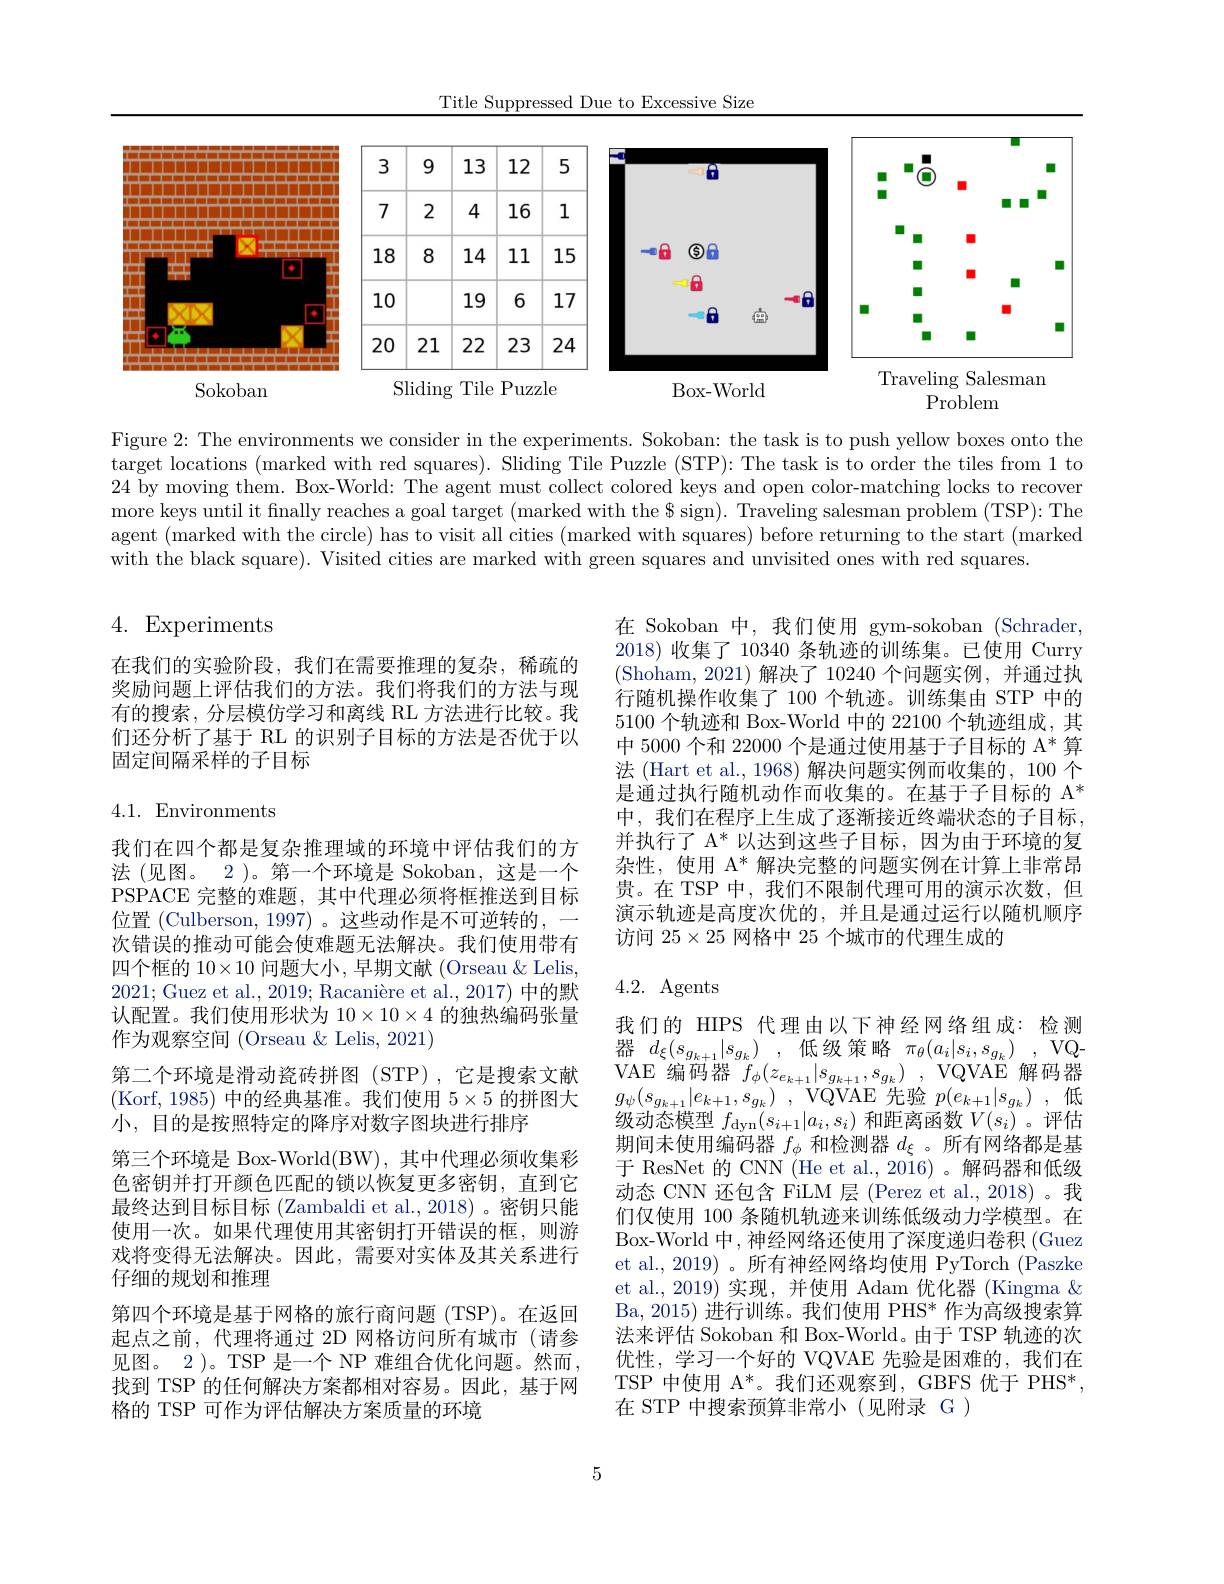
Title Suppressed Due to Excessive Size

<FigureHere>

Figure 2: The environments we consider in the experiments. Sokoban: the task is to push yellow boxes onto the target locations (marked with red squares). Sliding Tile Puzzle (STP): The task is to order the tiles from 1 to 24 by moving them. Box-World: The agent must collect colored keys and open color-matching locks to recover $\begin{aligned}\text{more keys until it finally reaches a goal target (marked with the \$ sign). Traveling salesman problem (TSP):The}\end{aligned}$ agent (marked with the circle) has to visit all cities (marked with squares) before returning to the start (marked with the black square). Visited cities are marked with green squares and unvisited ones with red squares.

4. Experiments

在我们的实验阶段，我们在需要推理的复杂，稀疏的奖励问题上评估我们的方法。我们将我们的方法与现有的搜索，分层模仿学习和离线 RL 方法进行比较。我们还分析了基于 RL 的识别子目标的方法是否优于以固定间隔采样的子目标

在 Sokoban 中，我们使用 gym-sokoban (Schrader, 2018) 收集了 10340 条轨迹的训练集。已使用 Curry (Shoham,2021)解决了 10240 个问题实例，并通过执行随机操作收集了 100 个轨迹。训练集由 STP 中的5100个轨迹和 Box-World 中的 22100 个轨迹组成，其中 5000 个和 22000 个是通过使用基于子目标的$\mathrm{A}^*$算法 (Hart et al., 1968) 解决问题实例而收集的，100 个是通过执行随机动作而收集的。在基于子目标的$\mathbb{A}^*$ 中，我们在程序上生成了逐渐接近终端状态的子目标， 并执行了 A$^*$以达到这些子目标，因为由于环境的复杂性，使用$\mathbb{A}^*$解决完整的问题实例在计算上非常昂贵。在 TSP 中，我们不限制代理可用的演示次数，但演示轨迹是高度次优的，并且是通过运行以随机顺序访问$25\times25$网格中 25 个城市的代理生成的

4.1. Environments

## 4.2. Agents

我们在四个都是复杂推理域的环境中评估我们的方法 (见图。2 )。第一个环境是 Sokoban, 这是一个PSPACE 完整的难题，其中代理必须将框推送到目标位置 (Culberson, 1997) 。这些动作是不可逆转的，一次错误的推动可能会使难题无法解决。我们使用带有四个框的$10\times10$问题大小，早期文献 (Orseau & Lelis, 2021; Guez et al., 2019; Racanière et al., 2017) 中的默认配置。我们使用形状为$10\times10\times4$的独热编码张量作为观察空间 (Orseau & Lelis, 2021)
第二个环境是滑动瓷砖拼图(STP),它是搜索文献(Korf, 1985) 中的经典基准。我们使用$5\times5$的拼图大小，目的是按照特定的降序对数字图块进行排序
第三个环境是 Box-World(BW), 其中代理必须收集彩色密钥并打开颜色匹配的锁以恢复更多密钥，直到它最终达到目标目标 (Zambaldi et al.,2018) 。密钥只能使用一次。如果代理使用其密钥打开错误的框，则游戏将变得无法解决。因此，需要对实体及其关系进行仔细的规划和推理
第四个环境是基于网格的旅行商问题 (TSP)。在返回起点之前，代理将通过 2D 网格访问所有城市(请参见图。2 )。TSP 是一个 NP 难组合优化问题。然而， 找到 TSP 的任何解决方案都相对容易。因此，基于网格的 TSP 可作为评估解决方案质量的环境

我们的 HIPS 代理由以下神经网络组成：检测器$d_{\xi }( s_{g_{k+ 1}}| s_{g_{k}})$ ,低级策略$\pi _\theta ( a_i| s_i, s_{g_{k}})$ ,VQVAE 编码器$f_\phi ( z_{e_{k+ 1}}| s_{g_{k+ 1}}, s_{g_{k}})$ , VQVAE 解码器$g_{\psi }( s_{g_{k+ 1}}| e_{k+ 1}, s_{g_{k}})$ , VQVAE 先验 $p( e_{k+ 1}| s_{g_{k}})$ ,低级动态模型$f_\mathrm{dyn}(s_{i+1}|a_i,s_i)$和距离函数$V(s_i)$ 。评估期间未使用编码器$f_\phi$和检测器$d_\xi$ 。所有网络都是基于 ResNet 的 CNN (He et al., 2016) 。解码器和低级动态 CNN 还包含 FiLM 层 (Perez et al., 2018)。我们仅使用 100 条随机轨迹来训练低级动力学模型。在Box-World 中，神经网络还使用了深度递归卷积 (Guez et al., 2019) 。所有神经网络均使用 PyTorch (Paszke et al., 2019) 实现，并使用 Adam 优化器 (Kingma $\&$ Ba, 2015) 进行训练。我们使用 PHS* 作为高级搜索算法来评估 Sokoban 和 Box-World。由于 TSP 轨迹的次优性，学习一个好的 VQVAE 先验是困难的，我们在TSP 中使用 A*。我们还观察到，GBFS 优于 PHS*, 在 STP 中搜索预算非常小(见附录 G )

5